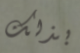
بذلك